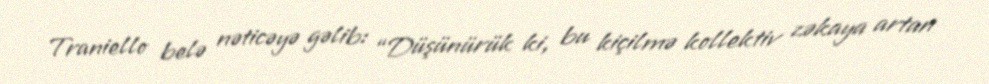
Traniello belə nəticəyə gəlib: “Düşünürük ki, bu kiçilmə kollektiv zəkaya artan